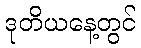
ဒုတိယနေ့တွင်